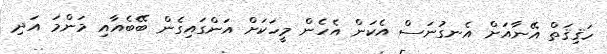
ހަޤިޤަތް އޭނާއަށް އެނގުނަސް އެކަން އެހެން މީހަކަށް އަންގައިގެން ބޭބެއާއި މަންމަ އަދި